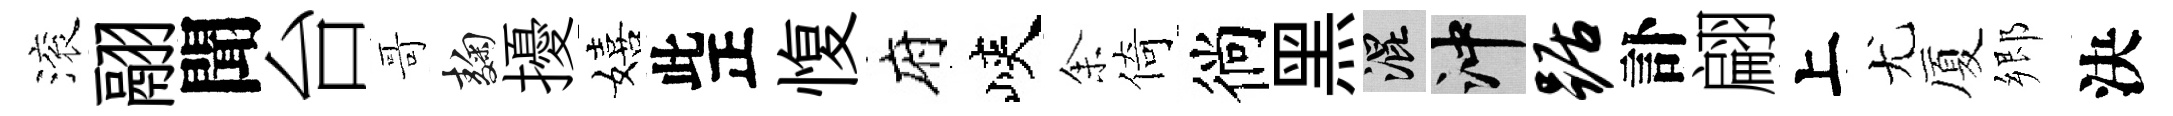
滚翮聞台哥麹擾嬉此正愎府峽𪜬倚徜黑混冲踞訃翩上尤厦郷決